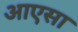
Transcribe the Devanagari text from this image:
आएसा